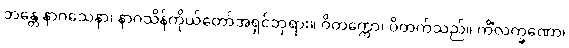
ဘန္တေ နာဂသေနာ၊ နာဂသိန်ကိုယ်တော်အရှင်ဘုရား။ ဝိတက္ကော၊ ဝိတက်သည်။ ကိံလက္ခဏော၊